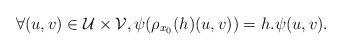
LaTeX: \begin{align*}\forall (u,v) \in \mathcal{U} \times \mathcal{V}, \psi(\rho_{x_0}(h)(u,v)) = h. \psi(u,v).\end{align*}